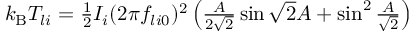
\begin{array} { r } { k _ { \mathrm { B } } T _ { l i } = \frac { 1 } { 2 } I _ { i } ( 2 \pi f _ { l i 0 } ) ^ { 2 } \left( \frac { A } { 2 \sqrt { 2 } } \sin \sqrt { 2 } A + \sin ^ { 2 } \frac { A } { \sqrt { 2 } } \right) } \end{array}